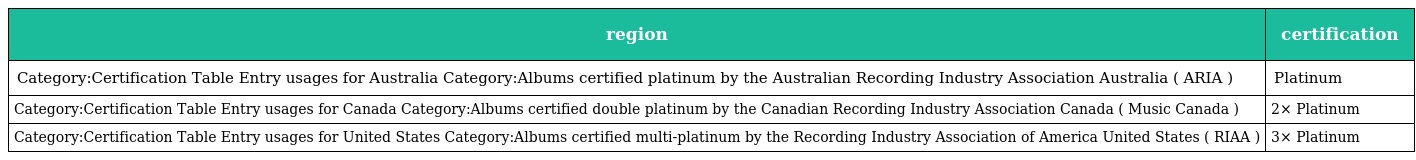
| region | certification |
 | --- | --- |
 | Category:Certification Table Entry usages for Australia Category:Albums certified platinum by the Australian Recording Industry Association Australia ( ARIA ) | Platinum |
 | Category:Certification Table Entry usages for Canada Category:Albums certified double platinum by the Canadian Recording Industry Association Canada ( Music Canada ) | 2× Platinum |
 | Category:Certification Table Entry usages for United States Category:Albums certified multi-platinum by the Recording Industry Association of America United States ( RIAA ) | 3× Platinum |